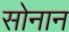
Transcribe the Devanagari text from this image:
सोनान